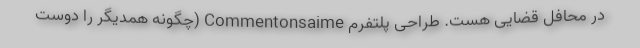
در محافل قضایی هست. طراحی پلتفرم Commentonsaime (چگونه همدیگر را دوست